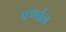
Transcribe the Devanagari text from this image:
पर्णाल